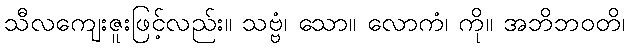
သီလကျေးဇူးဖြင့်လည်း။ သဗ္ဗံ၊ သော။ လောကံ၊ ကို။ အဘိဘဝတိ၊